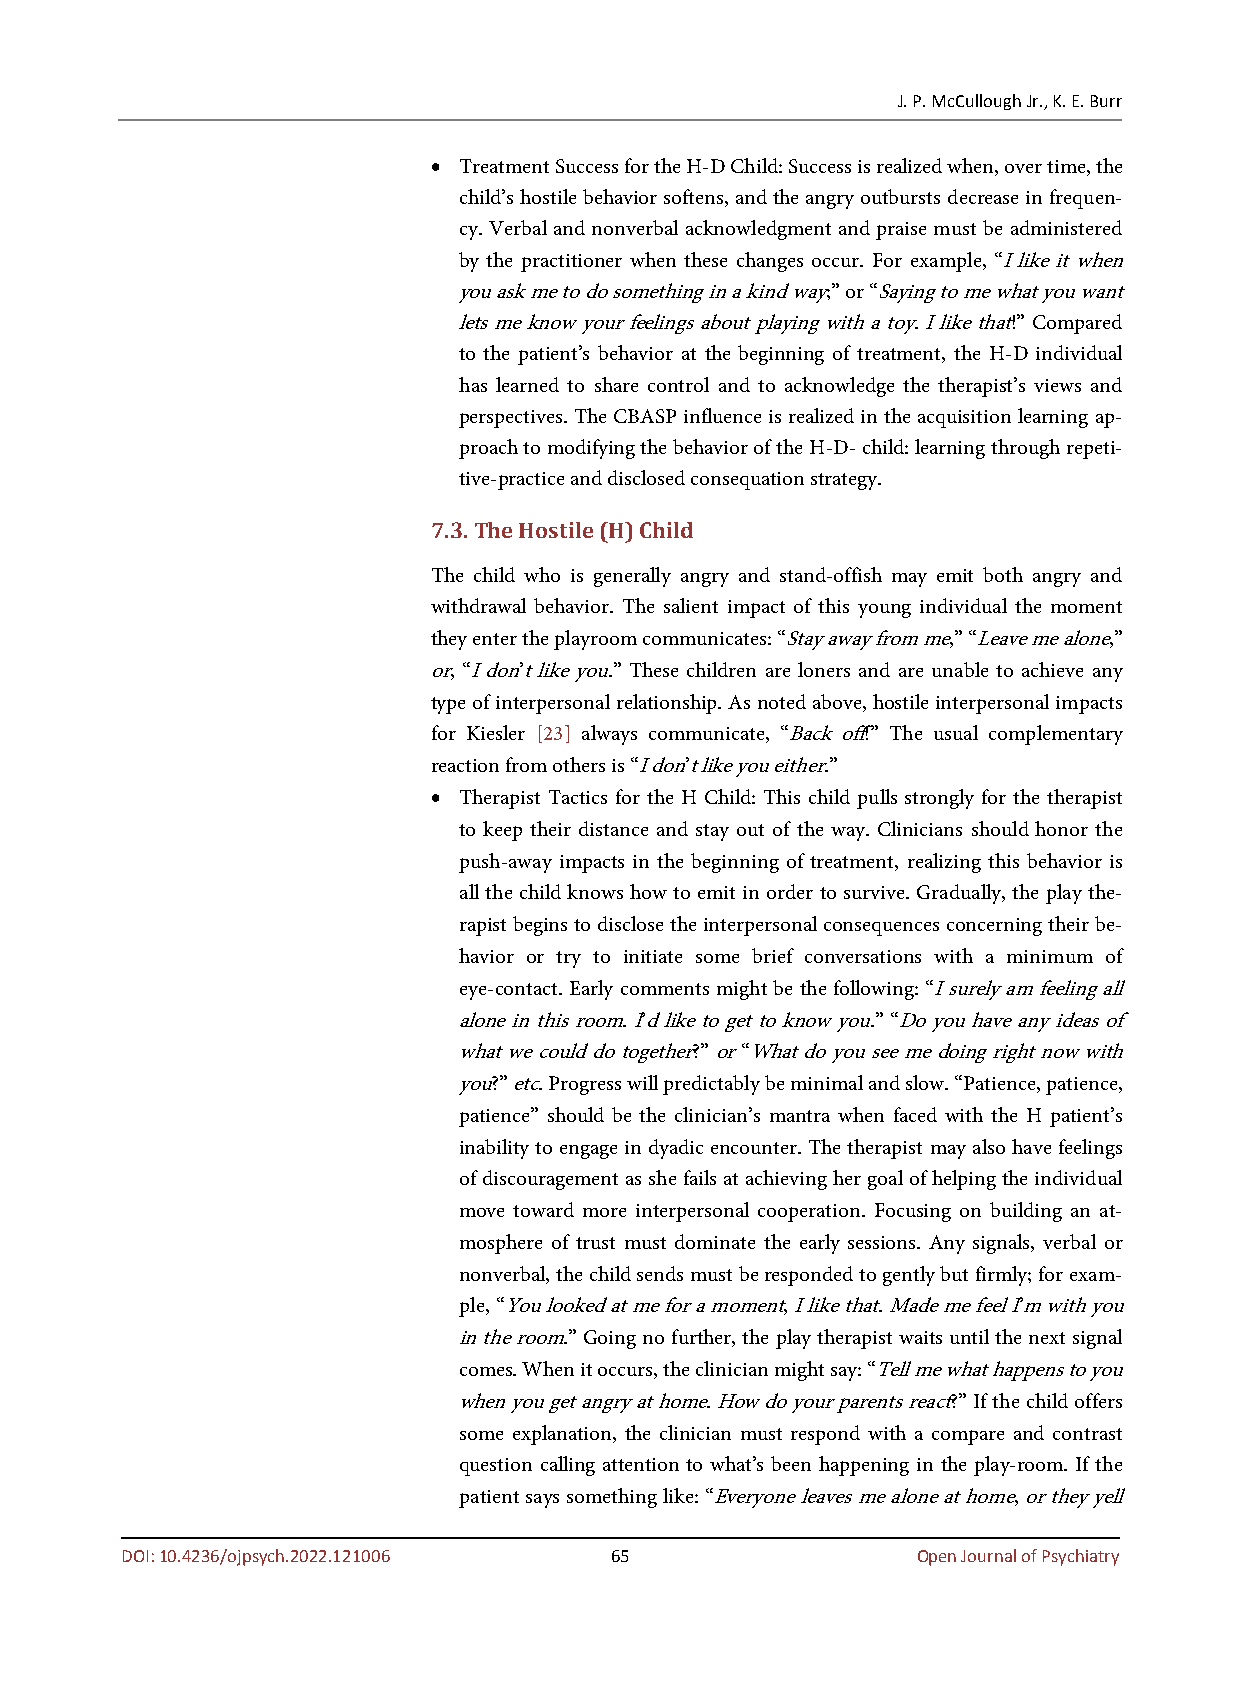
J. P. McCullough Jr., K. E. Burr
 • Treatment Success for the H-D Child: Success is realized when, over time, the
 child’s hostile behavior softens, and the angry outbursts decrease in frequen-
 cy. Verbal and nonverbal acknowledgment and praise must be administered
 by the practitioner when these changes occur. For example, “I like it when
 you ask me to do something in a kind way;” or “Saying to me what you want
 lets me know your feelings about playing with a toy. I like that!” Compared
 to the patient’s behavior at the beginning of treatment, the H-D individual
 has learned to share control and to acknowledge the therapist’s views and
 perspectives. The CBASP influence is realized in the acquisition learning ap-
 proach to modifying the behavior of the H-D- child: learning through repeti-
 tive-practice and disclosed consequation strategy.
 7.3. The Hostile (H) Child
 The child who is generally angry and stand-offish may emit both angry and
 withdrawal behavior. The salient impact of this young individual the moment
 they enter the playroom communicates: “Stay away from me,” “Leave me alone,”
 or, “I don’t like you.” These children are loners and are unable to achieve any
 type of interpersonal relationship. As noted above, hostile interpersonal impacts
 for Kiesler [23] always communicate, “Back off!” The usual complementary
 reaction from others is “I don’t like you either.”
 • Therapist Tactics for the H Child: This child pulls strongly for the therapist
 to keep their distance and stay out of the way. Clinicians should honor the
 push-away impacts in the beginning of treatment, realizing this behavior is
 all the child knows how to emit in order to survive. Gradually, the play the-
 rapist begins to disclose the interpersonal consequences concerning their be-
 havior or try to initiate some brief conversations with a minimum of
 eye-contact. Early comments might be the following: “I surely am feeling all
 alone in this room. I’d like to get to know you.” “Do you have any ideas of
 what we could do together?” or “What do you see me doing right now with
 you?” etc. Progress will predictably be minimal and slow. “Patience, patience,
 patience” should be the clinician’s mantra when faced with the H patient’s
 inability to engage in dyadic encounter. The therapist may also have feelings
 of discouragement as she fails at achieving her goal of helping the individual
 move toward more interpersonal cooperation. Focusing on building an at-
 mosphere of trust must dominate the early sessions. Any signals, verbal or
 nonverbal, the child sends must be responded to gently but firmly; for exam-
 ple, “You looked at me for a moment, I like that. Made me feel I’m with you
 in the room.” Going no further, the play therapist waits until the next signal
 comes. When it occurs, the clinician might say: “Tell me what happens to you
 when you get angry at home. How do your parents react?” If the child offers
 some explanation, the clinician must respond with a compare and contrast
 question calling attention to what’s been happening in the play-room. If the
 patient says something like: “Everyone leaves me alone at home, or they yell
 DOI: 10.4236/ojpsych.2022.121006 65                  Open Journal of Psychiatry